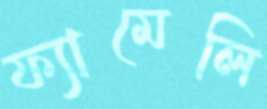
ফ্যামেলি